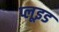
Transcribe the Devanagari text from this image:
प्लूइड